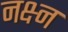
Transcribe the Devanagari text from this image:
नक्ष्न